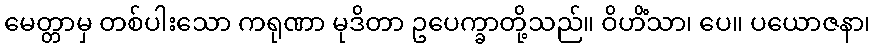
မေတ္တာမှ တစ်ပါးသော ကရုဏာ မုဒိတာ ဥပေက္ခာတို့သည်။ ဝိဟိံသာ၊ ပေ။ ပယောဇနာ၊